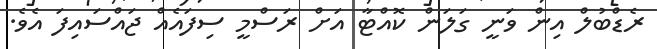
ރެޑްބުލް އިން ވަނީ ގަލަން ކޮއްޓާ އަށް ރަސްމީ ސިފައެއް ޖައްސައިފަ އެވެ.